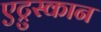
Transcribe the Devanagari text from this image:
एट्रुस्कान